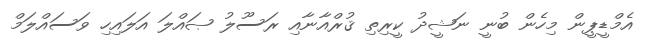
އެމްޑީޕީން މިހެން ބުނީ ނަޝީދު ކީރިތި ޤުރްއާނާއި ރަސޫލު ޞައްލަ އަލައިހި ވަސައްލަމް